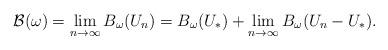
LaTeX: \begin{align*}\mathcal B(\omega)=\lim _{n\to \infty}B_{\omega}(U_n) = B_{\omega}(U_*) + \lim_{n\to \infty} B_{\omega}(U_n-U_*).\end{align*}